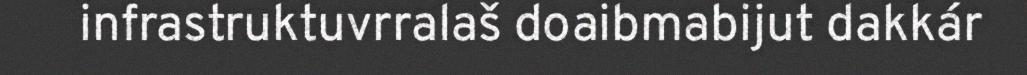
infrastruktuvrralaš doaibmabijut dakkár